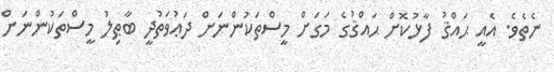
ނެތެވެ. އެއީ ޙައްޤު ފާޅުކޮށް ޙައްޤުގެ މަގަށް މީސްތަކުންނަށް ދަަޢުވަތުދީ ބާޠިލު މީސްތަކުންނަށް